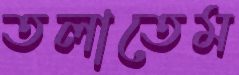
তলাতেম